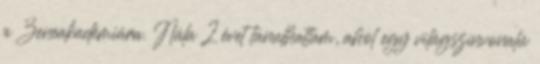
a Zeneakadémiára. Nála 2 évet tanulhattam, ahol egy világszínvonalú